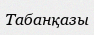
Табанқазы